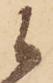
候